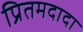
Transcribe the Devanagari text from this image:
प्रितमदादा